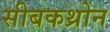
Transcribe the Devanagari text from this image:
सीबकथ्रोन